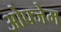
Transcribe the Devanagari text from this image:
ओफ्जेम